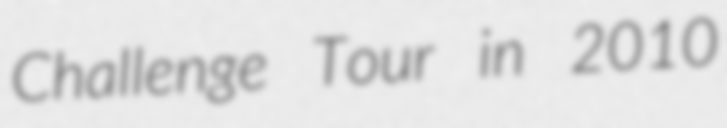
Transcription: Challenge Tour in 2010